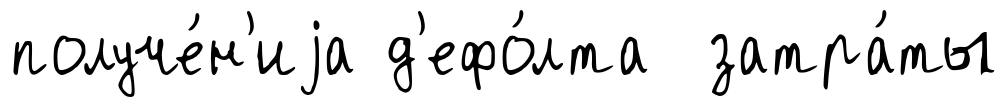
получе́н'иjа д'ефо́лта затра́ты